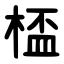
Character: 㮎